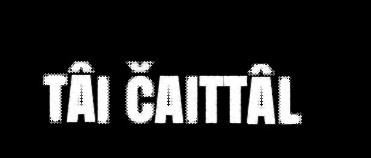
tâi čaittâl